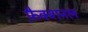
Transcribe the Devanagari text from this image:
फ़ैक्शनल